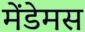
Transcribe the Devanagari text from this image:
मेंडेमस